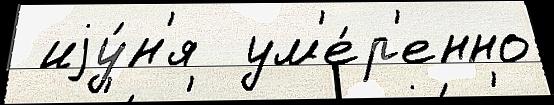
 иjу́н'я  ум'е́р'енно